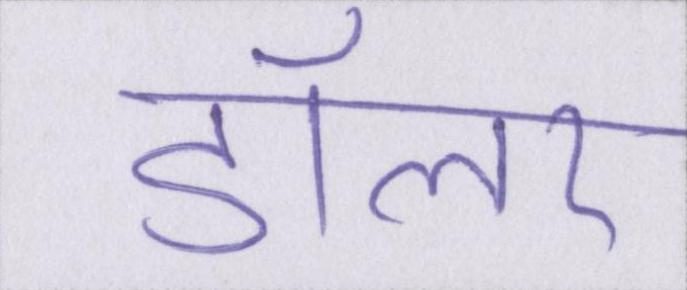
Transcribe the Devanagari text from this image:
डॉलर